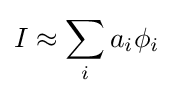
I\approx \sum _{i}a_{i}\phi _{i}